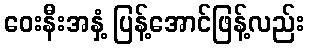
ဝေးနီးအနှံ့ ပြန့်အောင်ဖြန့်လည်း